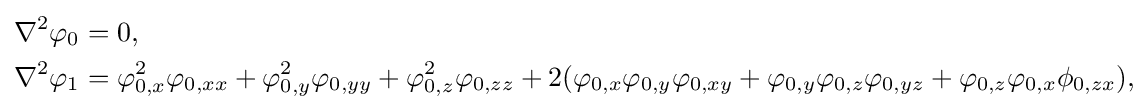
{\begin{aligned}\nabla ^{2}\varphi _{0}&=0,\\\nabla ^{2}\varphi _{1}&=\varphi _{0,x}^{2}\varphi _{0,xx}+\varphi _{0,y}^{2}\varphi _{0,yy}+\varphi _{0,z}^{2}\varphi _{0,zz}+2(\varphi _{0,x}\varphi _{0,y}\varphi _{0,xy}+\varphi _{0,y}\varphi _{0,z}\varphi _{0,yz}+\varphi _{0,z}\varphi _{0,x}\phi _{0,zx}),\end{aligned}}